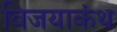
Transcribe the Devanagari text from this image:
विजयाकंथ